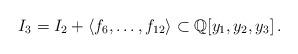
LaTeX: \begin{align*} I_3=I_2+\langle f_6,\dots,f_{12}\rangle\subset \mathbb{Q}[y_1,y_2,y_3]\,.\end{align*}